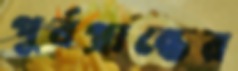
পূর্বপ্রান্তের